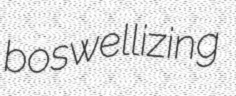
boswellizing